Vaccination in the Punjab 1867-1880 - 1867-1880
Year: 1867
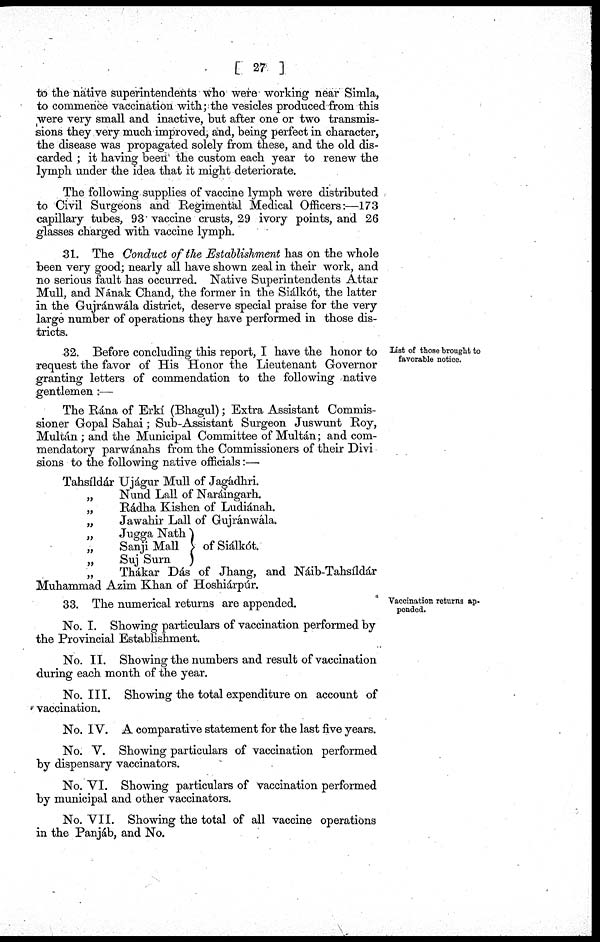
[ 27 ]
to the native superintendents who were working near Simla,
to commence vaccination with; the vesicles produced from this
were very small and inactive, but after one or two transmis-
sions they very much improved, and, being perfect in character,
the disease was propagated solely from these, and the old dis-
carded ; it having been the custom each year to renew the
lymph under the idea that it might deteriorate.
The following supplies of vaccine lymph were distributed
to Civil Surgeons and Regimental Medical Officers:—173
capillary tubes, 93 vaccine crusts, 29 ivory points, and 26
glasses charged with vaccine lymph.
31. The Conduct of the Establishment has on the whole
been very good; nearly all have shown zeal in their work, and
no serious fault has occurred. Native Superintendents Attar
Mull, and Nának Chand, the former in the Siálkót, the latter
in the Gujránwála district, deserve special praise for the very
large number of operations they have performed in those dis-
tricts.
List of those brought to
favorable notice.
32. Before concluding this report, I have the honor to
request the favor of His Honor the Lieutenant Governor
granting letters of commendation to the following native
gentlemen :—
The Rána of Erkí (Bhagul); Extra Assistant Commis-
sioner Gopal Sahai; Sub-Assistant Surgeon Juswunt Roy,
Multán ; and the Municipal Committee of Multán; and com-
mendatory parwánahs from the Commissioners of their Divi
sions to the following native officials:—
Tahsíldár Ujágur Mull of Jagádhri.
"
"
"
"
"
"
"
Nund Lall of Naráingarh.
Rádha Kishen of Ludiánah.
Jawahir Lall of Gujránwála.
Jugga Nath
Sanji Mall
Suj Surn
of Siálkót.
Thákar Dás of Jhang, and Náib-Tahsíldár
Muhammad Azim Khan of Hoshiárpúr.
Vaccination returns ap-
pended.
33. The numerical returns are appended.
No. I. Showing particulars of vaccination performed by
the Provincial Establishment.
No. II. Showing the numbers and result of vaccination
during each month of the year.
No. III. Showing the total expenditure on account of
vaccination.
No. IV. A comparative statement for the last five years.
No. V. Showing particulars of vaccination performed
by dispensary vaccinators.
No. VI. Showing particulars of vaccination performed
by municipal and other vaccinators.
No. VII. Showing the total of all vaccine operations
in the Panjáb, and No.